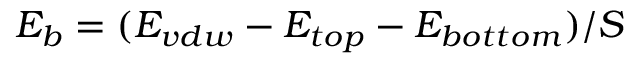
E _ { b } = ( E _ { v d w } - E _ { t o p } - E _ { b o t t o m } ) / S